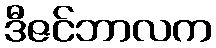
ဒီဇင်ဘာလက